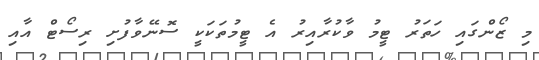
މި ޒޯންގައި ހަތަރު ޓީމު ވާކުރާއިރު އެ ޓީމުތަކަކީ ސޮނޭވާފުށި ރިސޯޓް އާއި